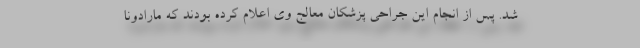
شد. پس از انجام این جراحی پزشکان معالج وی اعلام کرده بودند که مارادونا